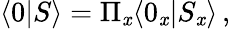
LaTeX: \langle0|S\rangle=\Pi_{\mathit{x}}\langle0_{\mathit{x}}|S_{\mathit{x}}\rangle\, ,